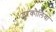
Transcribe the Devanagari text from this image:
तुरकौलिया